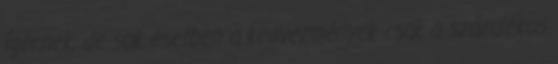
ígérnek, de sok esetben a kedvezmények csak a százalékos